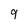
Character: 9